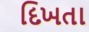
દિખતા